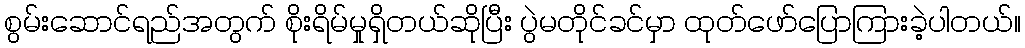
စွမ်းဆောင်ရည်အတွက် စိုးရိမ်မှုရှိတယ်ဆိုပြီး ပွဲမတိုင်ခင်မှာ ထုတ်ဖော်ပြောကြားခဲ့ပါတယ်။